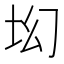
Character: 㘭